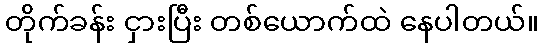
တိုက်ခန်း ငှားပြီး တစ်ယောက်ထဲ နေပါတယ်။